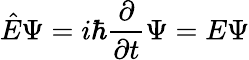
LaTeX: {\hat{E}}\Psi=i\hbar{\frac{\partial}{\partial t}}\Psi=E\Psi